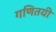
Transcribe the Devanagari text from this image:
गणितयी